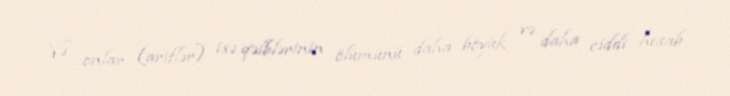
Və onlar (ariflər) isə qəlblərinin ölümünü daha böyük və daha ciddi hesab